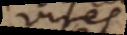
vires